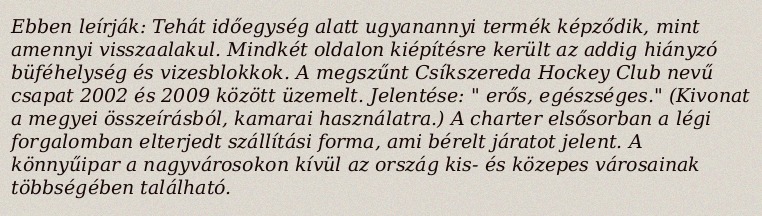
Ebben leírják: Tehát időegység alatt ugyanannyi termék képződik, mint amennyi visszaalakul. Mindkét oldalon kiépítésre került az addig hiányzó büféhelység és vizesblokkok. A megszűnt Csíkszereda Hockey Club nevű csapat 2002 és 2009 között üzemelt. Jelentése: " erős, egészséges." (Kivonat a megyei összeírásból, kamarai használatra.) A charter elsősorban a légi forgalomban elterjedt szállítási forma, ami bérelt járatot jelent. A könnyűipar a nagyvárosokon kívül az ország kis- és közepes városainak többségében található.